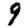
Digit: 9